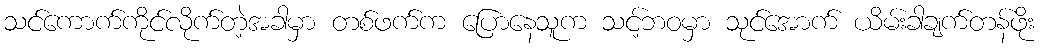
သင်ကောက်ကိုင်လိုက်တဲ့အခါမှာ တစ်ဖက်က ပြောနေသူက သင့်ဘဝမှာ သုင်အောက် ယိမ်းခါချက်တန်ဖိုး